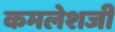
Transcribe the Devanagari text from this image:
कमलेशजी